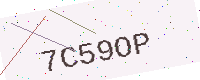
Text: 7C59OP